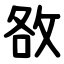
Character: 敋